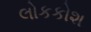
લોકકોશ